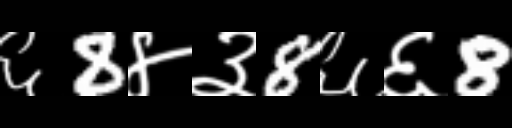
Text: ६8४३8६६8